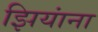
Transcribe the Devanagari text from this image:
झियांना